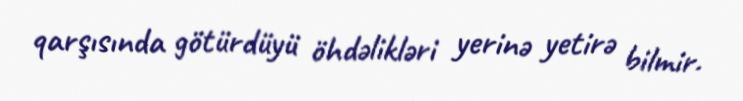
qarşısında götürdüyü öhdəlikləri yerinə yetirə bilmir.